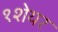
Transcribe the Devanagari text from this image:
१शेयर